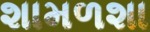
શામળશા